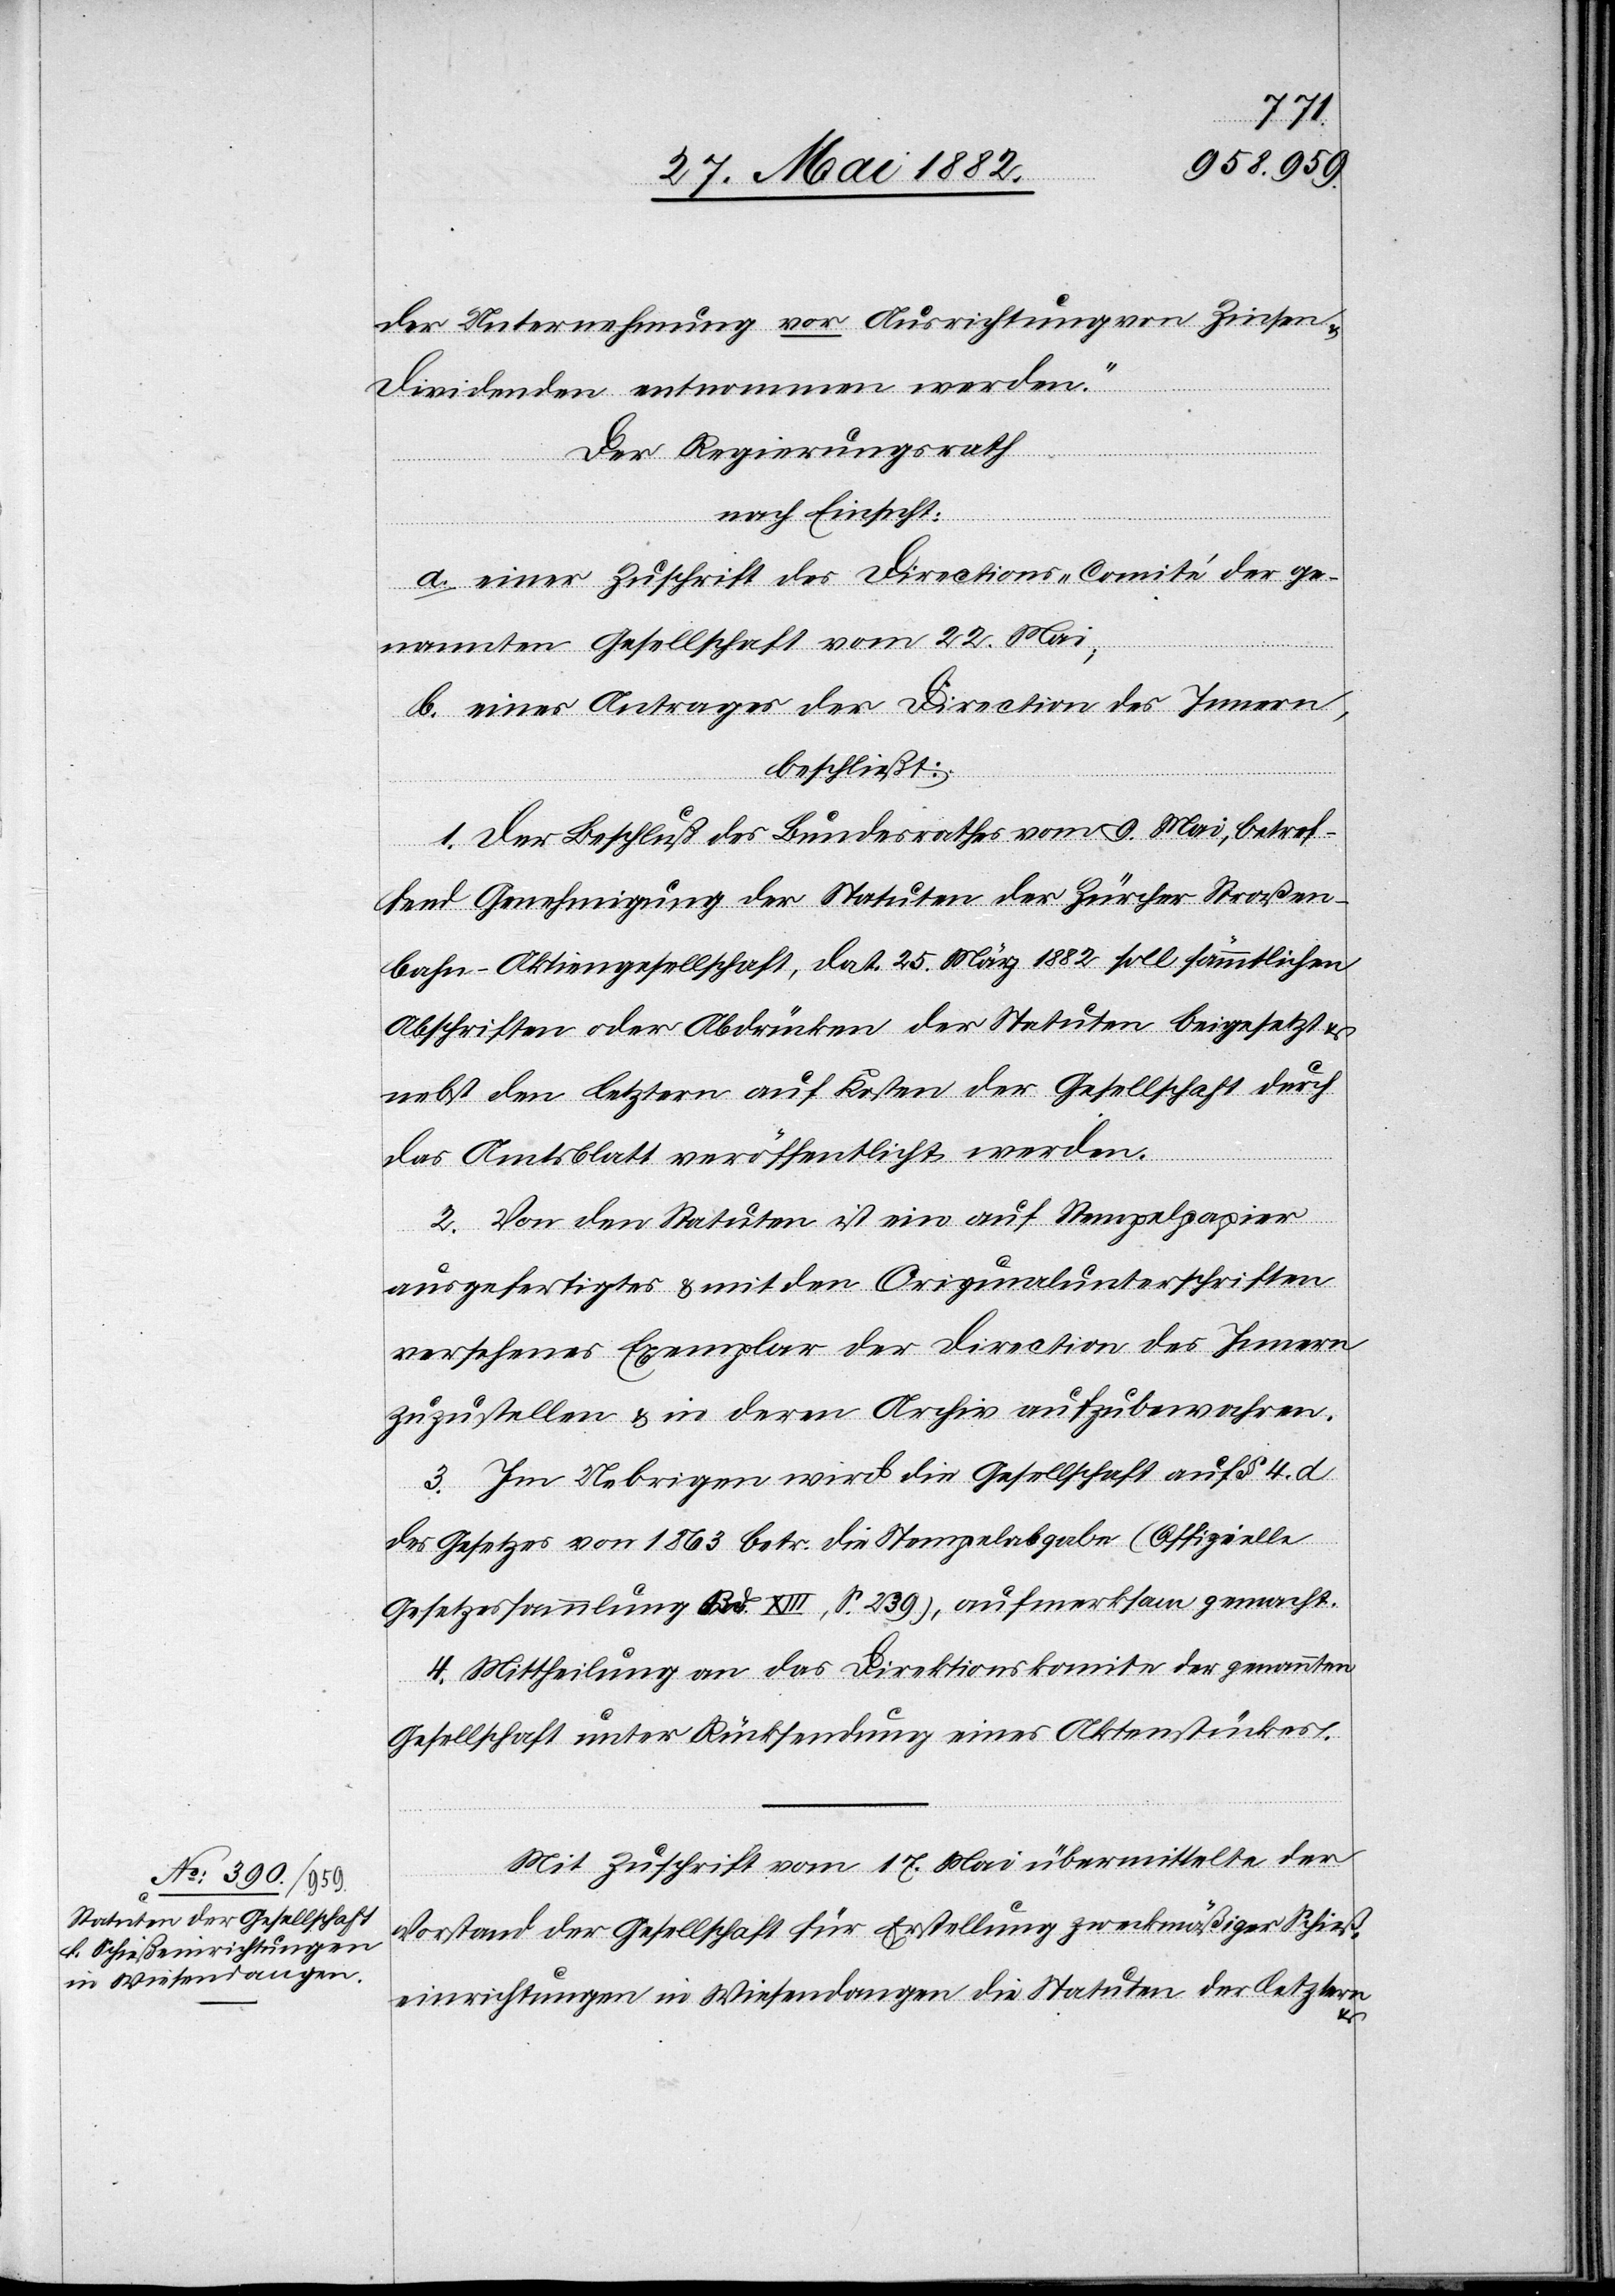
der Unternehmung vor Ausrichtung von Zinsen &
Dividenden entnommen werden.“
Der Regierungsrath,
nach Einsicht:
a. einer Zuschrift des Directions-Comité der ge¬
nannten Gesellschaft vom 22. Mai;
b. eines Antrages der Direction des Innern,
beschließt:
1. Der Beschluß des Bundesrathes vom 9. Mai, betref¬
fend Genehmigung der Statuten der Zürcher Straßen¬
bahn-Aktiengesellschaft, dat. 25. März 1882 soll sämmtlichen
Abschriften oder Abdrücken der Statuten beigesetzt &
nebst den letztern auf Kosten der Gesellschaft durch
das Amtsblatt veröffentlich werden.
2. Von den Statuten ist ein auf Stempelpapier
ausgefertigtes & mit den Originalunterschriften
versehenes Exemplar der Direction des Innern
zuzustellen & in deren Archiv aufzubewahren.
3. Im Uebrigen wird die Gesellschaft auf § 4. d
des Gesetzes von 1863 betr. die Stempelabgabe (Offizielle
Gesetzessammlung Bd. XIII, S. 239), aufmerksam gemacht.
4. Mittheilung an das Direktionskomite der genannten
Gesellschaft unter Rücksendung eines Aktenstückes.
Mit Zuschrift vom 17. Mai übermittelte der
Vorstand der Gesellschaft für Erstellung zweckmäßiger Schieß¬
einrichtungen in Wiesendangen die Statuten der letztern